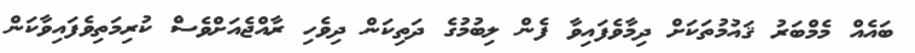
ބައެއް މެމްބަރު ޤައުމުތަކަށް ދިމާވެފައިވާ ފެން ލިބުމުގެ ދަތިކަން ދިވެހި ރާއްޖެއަށްވެސް ކުރިމަތިވެފައިވާކަން